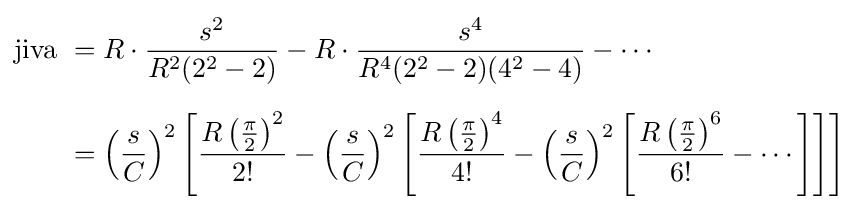
{\begin{aligned}{\text{jiva }}&=R\cdot {\frac {s^{2}}{R^{2}(2^{2}-2)}}-R\cdot {\frac {s^{4}}{R^{4}(2^{2}-2)(4^{2}-4)}}-\cdots \\[6pt]&=\left({\frac {s}{C}}\right)^{2}\left[{\frac {R\left({\frac {\pi }{2}}\right)^{2}}{2!}}-\left({\frac {s}{C}}\right)^{2}\left[{\frac {R\left({\frac {\pi }{2}}\right)^{4}}{4!}}-\left({\frac {s}{C}}\right)^{2}\left[{\frac {R\left({\frac {\pi }{2}}\right)^{6}}{6!}}-\cdots \right]\right]\right]\end{aligned}}